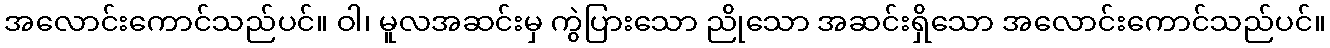
အလောင်းကောင်သည်ပင်။ ဝါ၊ မူလအဆင်းမှ ကွဲပြားသော ညိုသော အဆင်းရှိသော အလောင်းကောင်သည်ပင်။